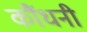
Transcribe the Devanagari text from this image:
कौंधनी